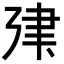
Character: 𢌤